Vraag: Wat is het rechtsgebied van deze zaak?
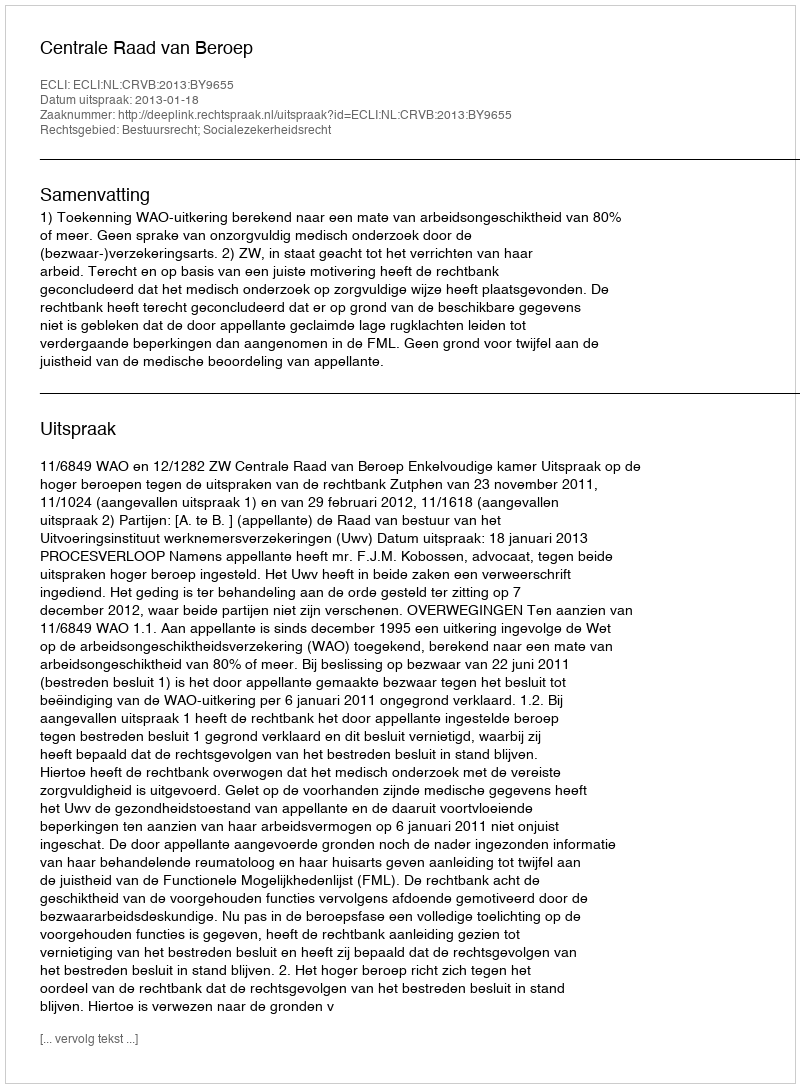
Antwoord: Bestuursrecht; Socialezekerheidsrecht